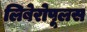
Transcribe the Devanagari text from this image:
लिबेरोपूलस